Indian journal of veterinary science and animal husbandry - Volumes 28-29, 1958-1959
Year: 1958
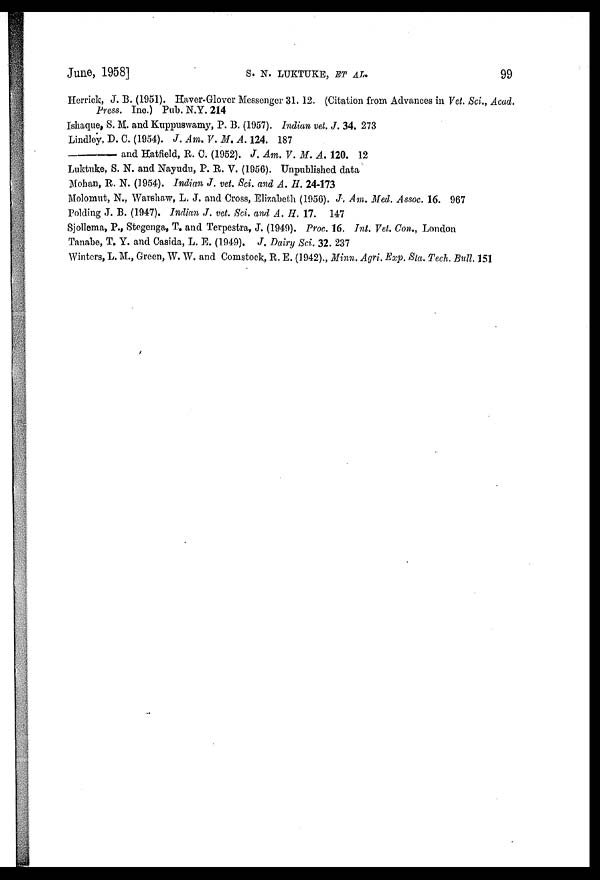
June,
1958]
S.
N.
LUKTUKE,
ET
AL.
99
Herrick, J. B. (1951). Haver-Glover Messenger 31. 12. (Citation from Advances in Vet. Sci., Acad.
Press. Inc.) Pub. N.Y. 214
Ishaque S. M. and Kuppuswamy, P. B. (1957). Indian vet. J. 34. 273
Lindley, D. C. (1954). J. Am. V. M. A. 124. 187
—
and Hatfield, R. C. (1952). J. Am. V. M. A. 120. 12
Luktuke, S. N. and Nayudu, P. R. V. (1956). Unpublished data
Mohan, R. N. (1954). Indian J. vet. Sci. and A. H. 24-173
Molomut, N., Warshaw, L. J. and Cross, Elizabeth (1956). J. Am. Med. Assoc. 16. 967
Polding J. B. (1947). Indian J. vet. Sci. and A. H. 17. 147
Sjollema, P., Stegenga, T. and Terpestra, J. (1949). Proc. 16. Int. Vet. Con., London
Tanabe, T. Y. and Casida, L. E. (1949). J. Dairy Sci. 32. 237
Winters, L. M., Green, W. W. and Comstock, R. E. (1942)., Minn. Agri. Exp. Sta. Tech. Bull. 151